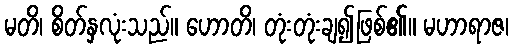
မတိ၊ စိတ်နှလုံးသည်။ ဟောတိ၊ တုံးတုံးချ၍ဖြစ်၏။ မဟာရာဇ၊